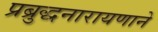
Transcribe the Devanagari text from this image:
प्रब्रुद्धनारायणाने